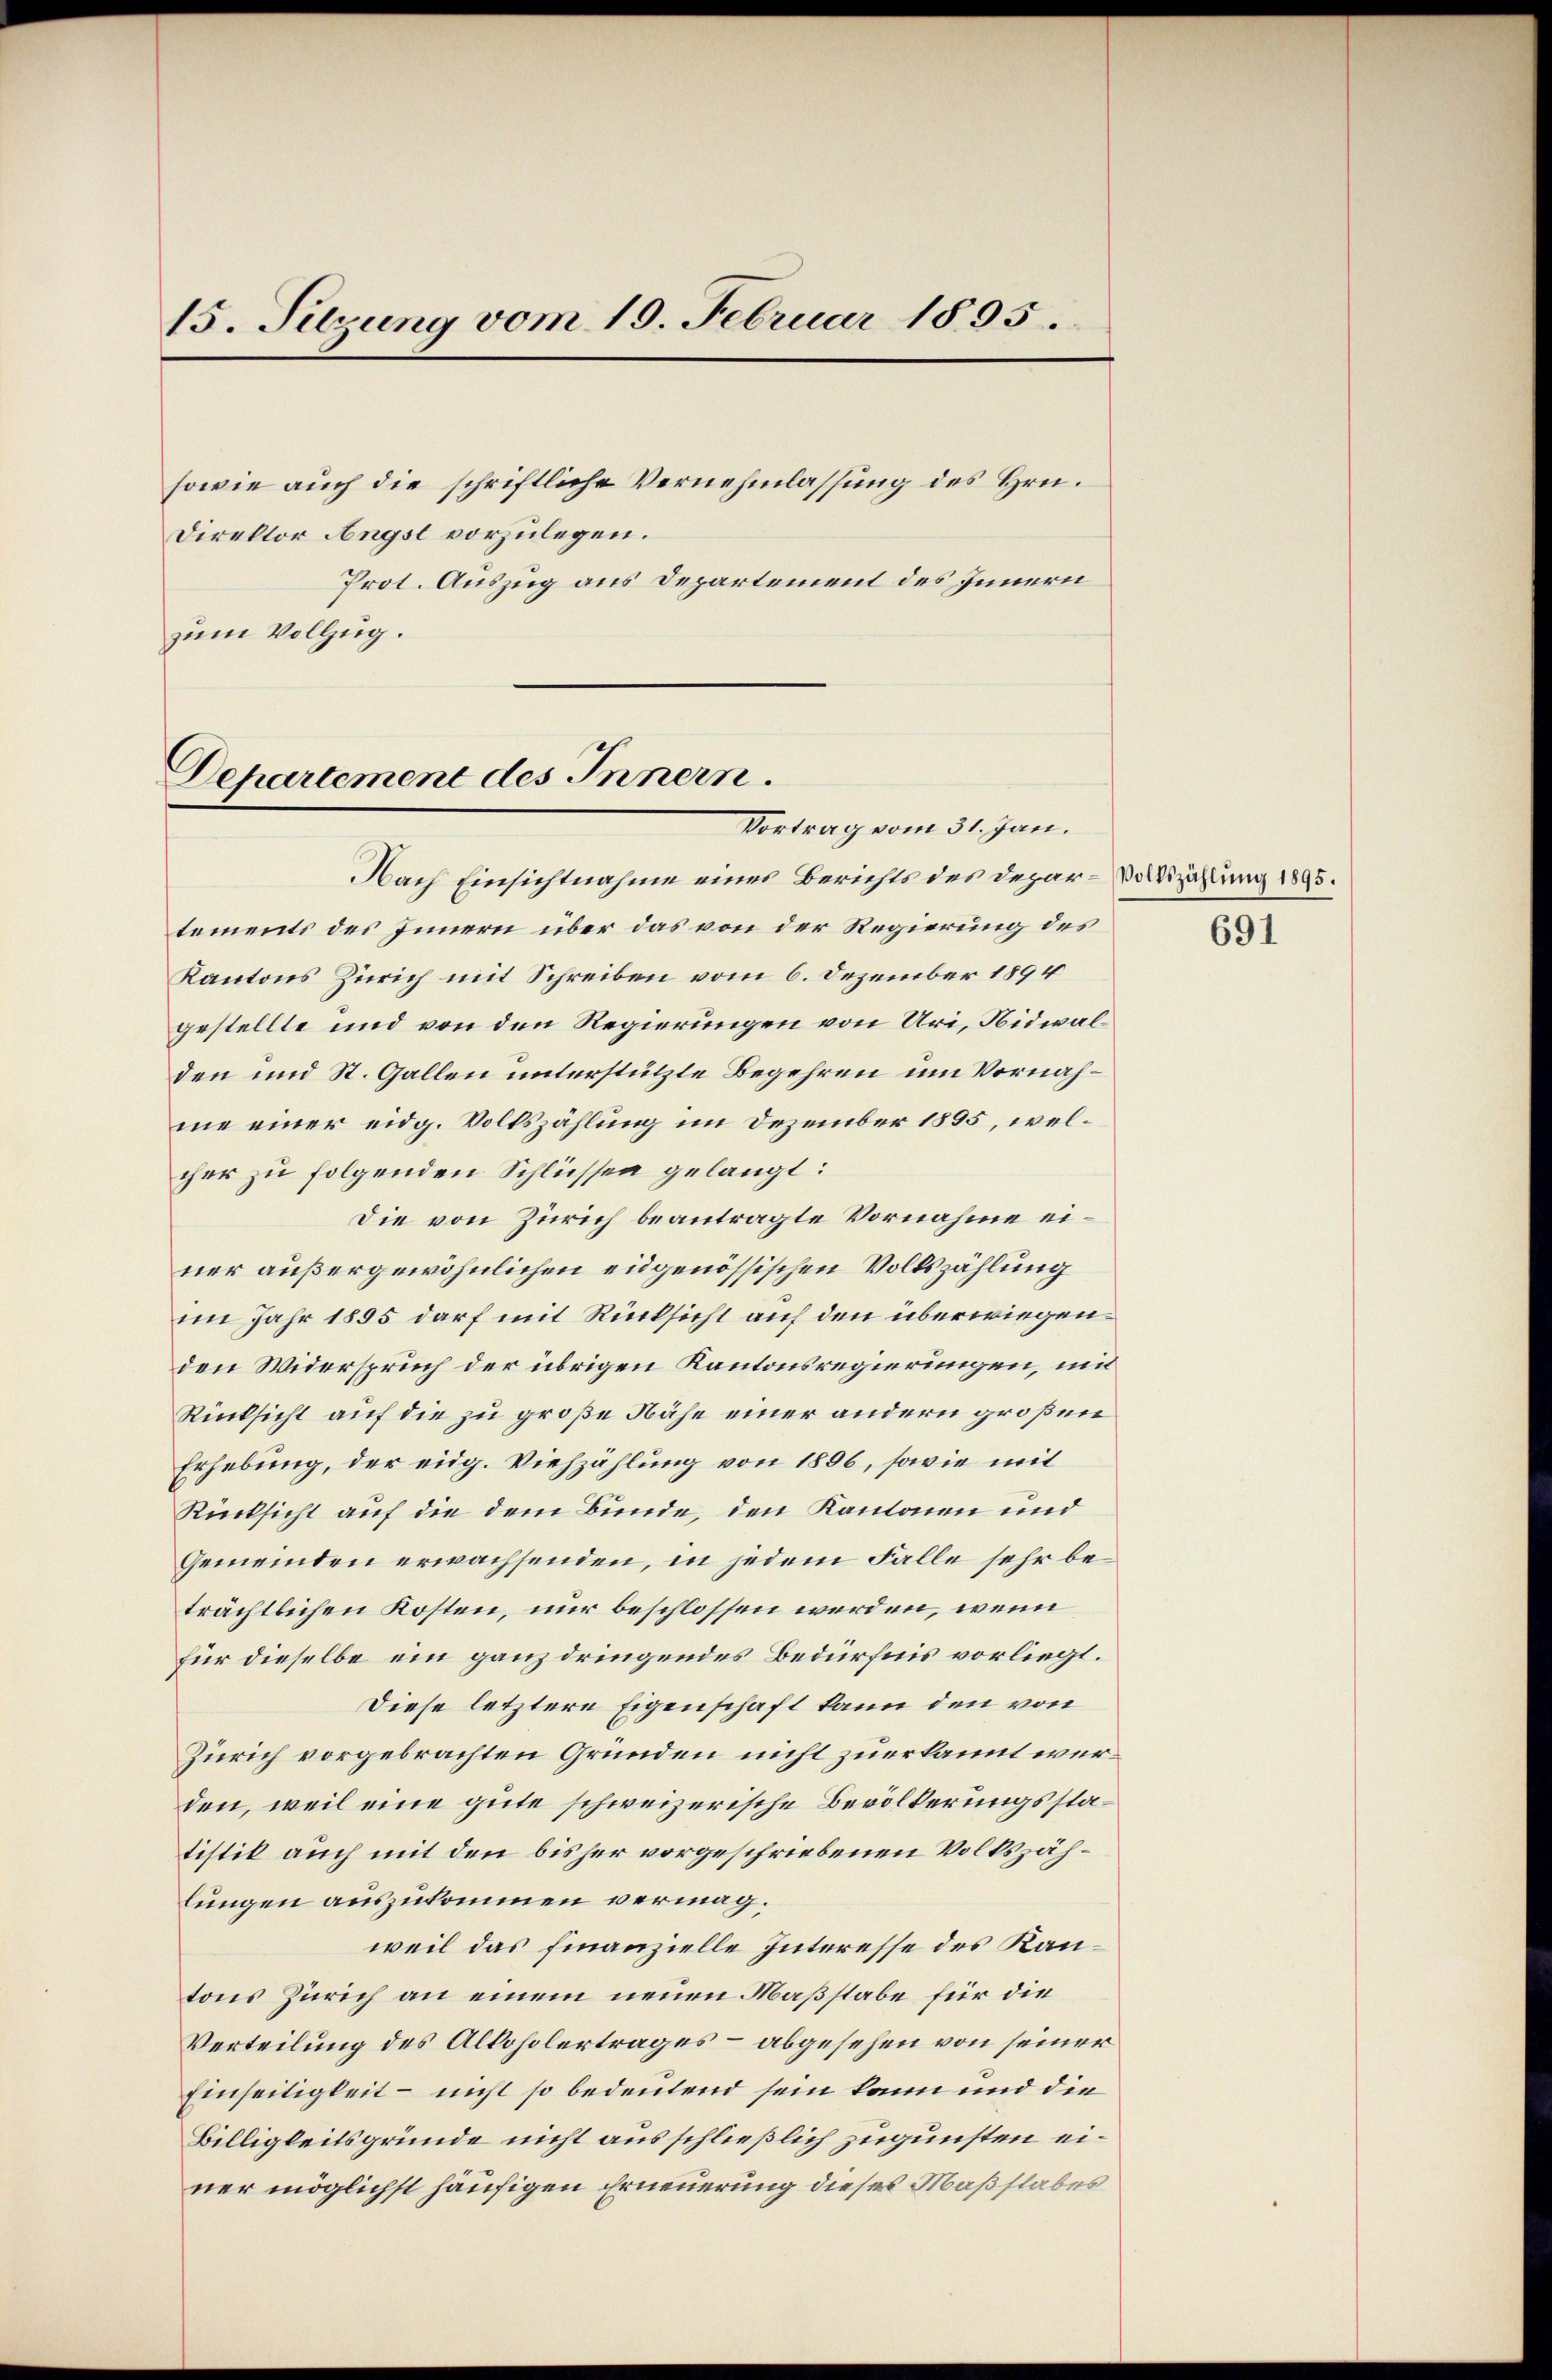
15. Sitzung vom 19. Februar 1895.

sowie auch die schriftliche Vernehmlassung des Hrn.
Direktor Angst vorzulegen.
Prot. Auszug aus Departement des Innern
zum Vollzug.

Departement des Innern.
Vortrag vom 31. Jan.

Nach Einsichtnahme eines Berichts des Depar-Vollzählung 1895.
tements des Innern über das von der Regierung des
Kantons Zürich mit Schreiben vom 6. Dezember 1894
gestellte und von den Regierungen von Uri, Nidwalden und St. Gallen unterstützte Begehren um Vornahme einer eidg. Volkszählung im Dezember 1895, welcher zu folgenden Schlüssen gelangt:
Die von Zürich beantragte Vornahme einer außergewöhnlichen eidgenössischen Volkszählung
im Jahr 1895 darf mit Rücksicht auf den überwiegenden Widerspruch der übrigen Kantonsregierungen, mit
Rücksicht auf die zu große Nähe einer andern großen
Erhebung, der eidg. Viehzählung von 1896, sowie mit
Rücksicht auf die dem Bunde, den Kantonen und
Gemeinden erwachsenden, in jedem Falle sehr beträchtlichen Kosten, nur beschlossen werden, wenn
für dieselbe ein ganz dringendes Bedürfnis vorliegt.
Diese letztere Eigenschaft kann den von
Zürich vorgebrachten Gründen nicht zuerkannt werden, weil eine gute schweizerische Bevölkerungsstatistik auch mit den bisher vorgeschriebenen Volkszählungen auszukommen vermag.
weil das finanzielle Interesse des Kantons Zürich an einem neuen Maßstabe für die
Verteilung des Alkoholertrages – abgesehen von seiner
Einseitigkeit – nicht so bedeutend sein kann und die
Billigkeitsgründe nicht ausschließlich zugunsten einer möglichst häufigen Erneuerung dieses Maßstabes

691